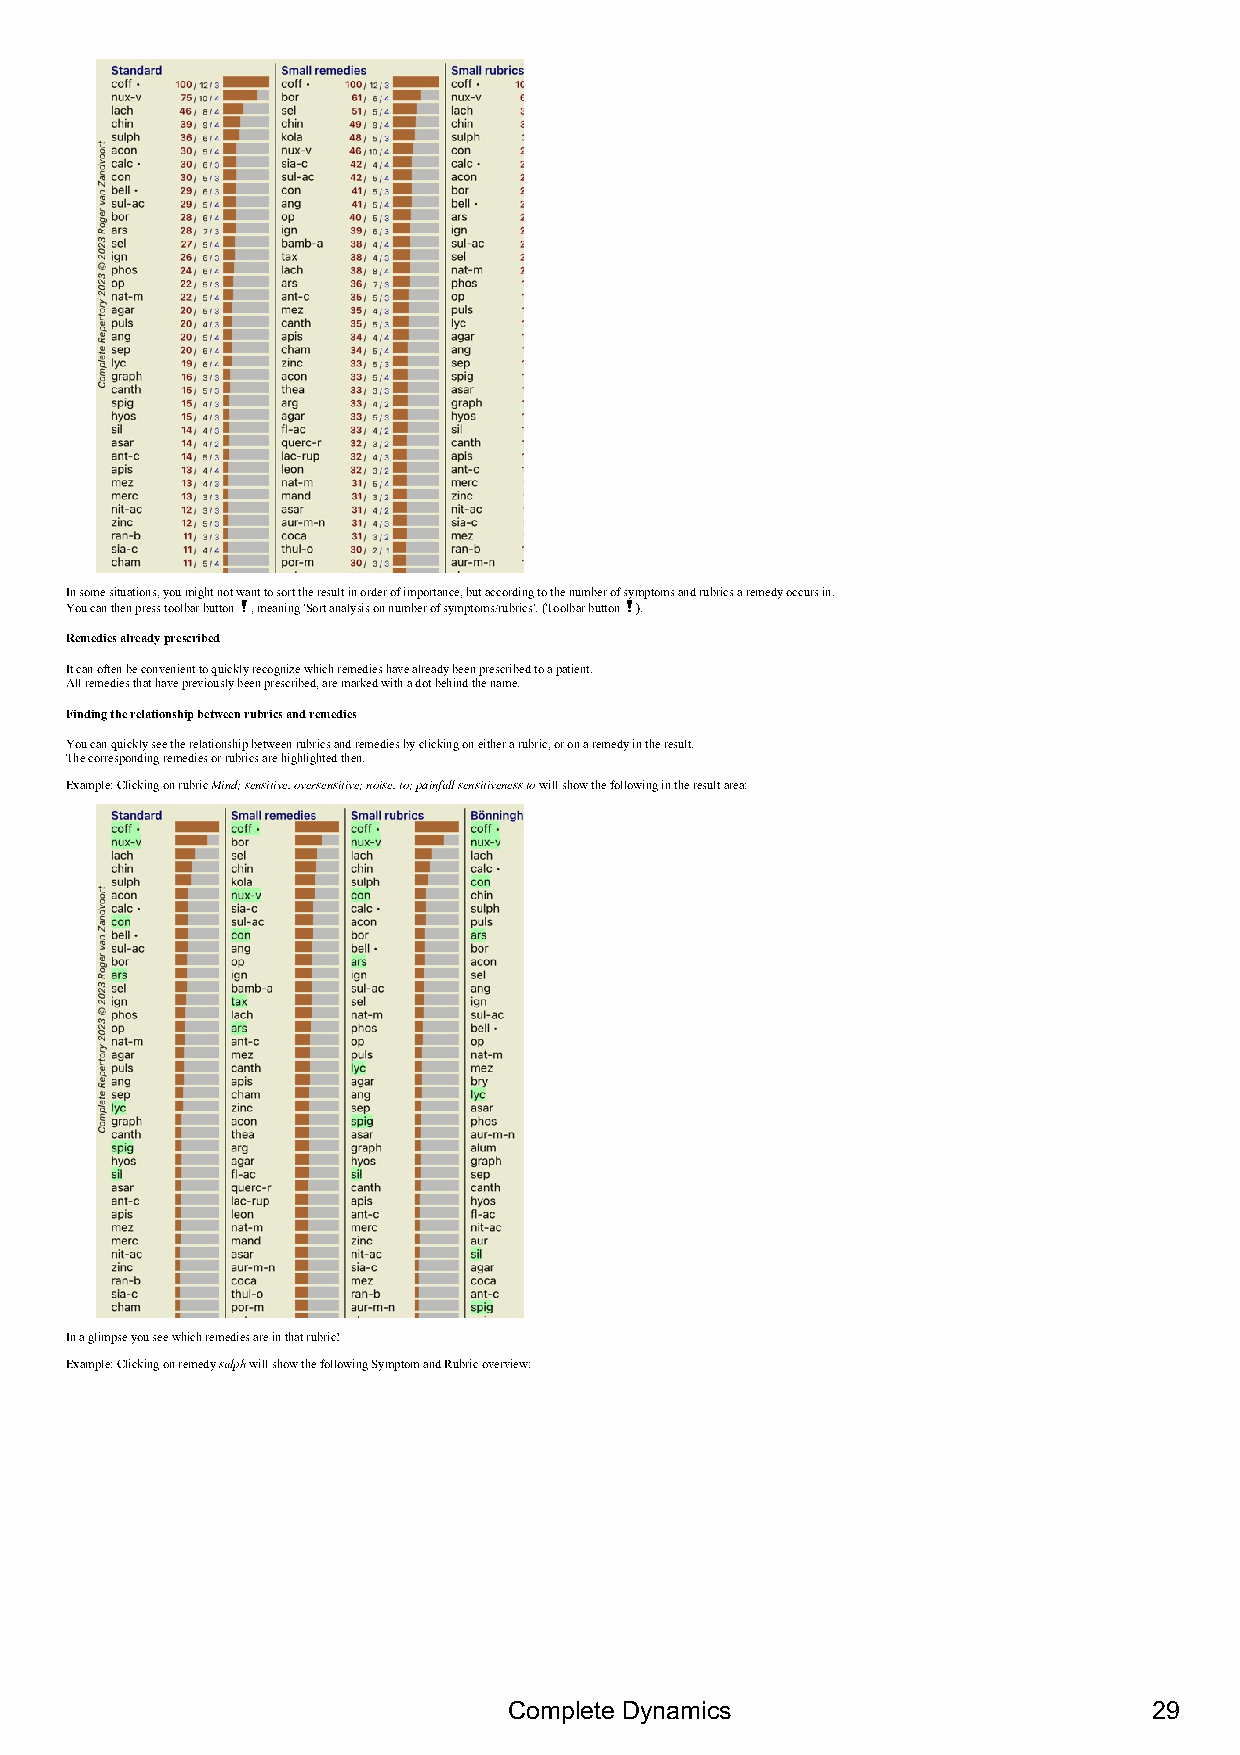
In some situations, you might not want to sort the result in order of importance, but according to the number of symptoms and rubrics a remedy occurs in.
 You can then press toolbar button , meaning 'Sort analysis on number of symptoms/rubrics'. (Toolbar button ).
 Remedies already prescribed
 It can often be convenient to quickly recognize which remedies have already been prescribed to a patient.
 All remedies that have previously been prescribed, are marked with a dot behind the name.
 Finding the relationship between rubrics and remedies
 You can quickly see the relationship between rubrics and remedies by clicking on either a rubric, or on a remedy in the result.
 The corresponding remedies or rubrics are highlighted then.
 Example: Clicking on rubric Mind; sensitive, oversensitive; noise, to; painfull sensitiveness to will show the following in the result area:
 In a glimpse you see which remedies are in that rubric!
 Example: Clicking on remedy sulph will show the following Symptom and Rubric overview:
 Complete Dynamics                         29